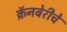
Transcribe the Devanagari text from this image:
क्रॅनबेरीचे